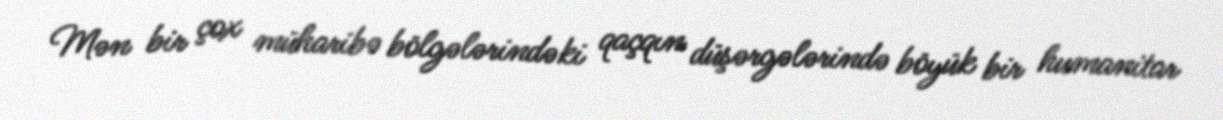
Mən bir çox müharibə bölgələrindəki qaçqın düşərgələrində böyük bir humanitar